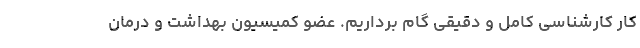
کار کارشناسی کامل و دقیقی گام برداریم. عضو کمیسیون بهداشت و درمان